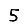
Digit: 5